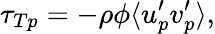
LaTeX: \tau_{Tp}=-\rho\phi\langle u_{p}^{\prime}v_{p}^{\prime}\rangle,